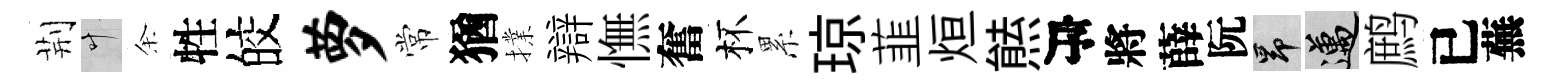
荆叶余牲皎萝常猶擈辯憮奮杯累琼韮烜㷱序將薛阮昂邁鹧已蕪